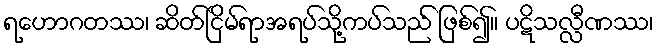
ရဟောဂတဿ၊ ဆိတ်ငြိမ်ရာအရပ်သို့ကပ်သည် ဖြစ်၍။ ပဋိသလ္လီဏဿ၊